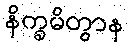
နိက္ခမိတွာန